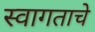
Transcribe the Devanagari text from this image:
स्वागताचे